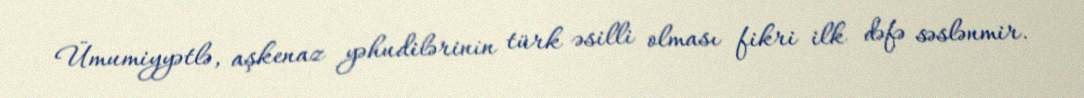
Ümumiyyətlə, aşkenaz yəhudilərinin türk əsilli olması fikri ilk dəfə səslənmir.